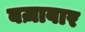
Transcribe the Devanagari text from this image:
बज़ावार